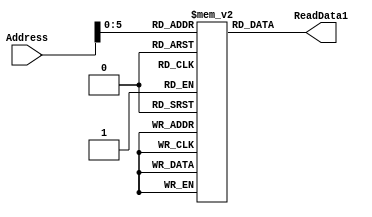
`timescale 1ns / 1ns
module Instruction_Memory(Address, ReadData1);
parameter BITSIZE = 16;
parameter REGSIZE = 12;
input [REGSIZE-1:0] Address;
output reg [BITSIZE-1:0] ReadData1;

reg [BITSIZE-1:0] memory_file [0:63];	// Entire list of memory

// Asyncronous read of memory. Was not specified.
always @(Address, memory_file[Address])
begin
	ReadData1 = memory_file[Address];
end

integer i;
//MY method of filling the memory instead of through a test bench
initial
    begin
        i = 0; 
		  memory_file[i] = 16'b1001_000000_000000;   //0	mov R0,0 
		  i = i+1;
		  memory_file[i] = 16'b1001_000001_001010;   //1	mov R1, 10
		  i = i+1;
		  memory_file[i] = 16'b1001_000010_010100;	//2	mov R2, 20
		  i = i+1;
		  memory_file[i] = 16'b1011_000001_000000;	//3	mov [R1], R0
		  i = i+1;
		  memory_file[i] = 16'b0001_000000_000000;	//4	inc R0
		  i = i+1;
		  memory_file[i] = 16'b0001_000000_000001;	//5	inc R1
		  i = i+1;
		  memory_file[i] = 16'b1000_000001_000010;	//6	cmp R1, R2
		  i = i+1;
		  memory_file[i] = 16'b0011_000000_000011;	//7	jne 3
		  i = i+1;
		  memory_file[i] = 16'b0000_000000_000000;	//8	halt until push button is activated
		  i = i+1;
		  memory_file[i] = 16'b1000_000001_000010;	//9	cmp R1, R2
		  i = i+1;
		  memory_file[i] = 16'b0100_000000_000000;	//10 	je 0
		  i = i+1;
//		  memory_file[i] = 16'b1001_000001_000001; // mov R1 1    R1 = 1
//		  i = i+1; 
//		  memory_file[i] = 16'b1001_000011_000010; // mov R3 2    R3 = 2
//		  i = i+1;
//		  memory_file[i] = 16'b1011_000011_000011; // mov [R3] R3    Mem[2] = 2
//		  i = i+1;
//		  memory_file[i] = 16'b1100_000000_000011; // mov R0 [R3]    R0 = 2
//		  i = i+1;
//        memory_file[i] = 16'b0001_000000_000000; // inc R0         R0 = 3
//        i = i+1; 
//		  memory_file[i] = 16'b0101_000000_000001; // add R0 R1      R0 = 4
//        i = i+1; 
//		  memory_file[i] = 16'b0101_000000_000001; // add R0 R1      R0 = 5
//        i = i+1; 
//		  memory_file[i] = 16'b0101_000000_000001; // add R0 R1      R0 = 6
//        i = i+1; 
//		  memory_file[i] = 16'b0110_000000_000001; // sub R0 R1      R0 = 5
//        i = i+1; 
//		  memory_file[i] = 16'b0111_000000_000001; // xor R0 R1      R0 = 4
//        i = i+1; 
//		  memory_file[i] = 16'b1010_000001_000000; // mov R1 R0      R1 = R0 = 4
//        i = i+1; 
//		  memory_file[i] = 16'b1000_000001_000000; // cmp R0 R1      
//		  i = i+1;
//	 //  memory_file[i] = 16'b0100_000000_000000; // je 0    
//    //    i = i+1; 
//		  memory_file[i] = 16'b0011_000000_000000; // jne 0    
//        i = i+1; 
//		  memory_file[i] = 16'b0101_000000_000001; // add R0 R1      
//        i = i+1; 
//		  memory_file[i] = 16'b1011_000100_000000; // mov [R4] R0    Mem[0] = 8
//		  i = i+1;
//		  memory_file[i] = 16'b0001_000000_000000; // inc R0         R0 = 9
//        i = i+1;
//		  memory_file[i] = 16'b1011_000001_000000; // mov [R1] R0    Mem[4] = 9
//		  i = i+1;
//		  memory_file[i] = 16'b0010_000000_000000; // jmp 0
//        i = i+1; 
    end

endmodule